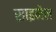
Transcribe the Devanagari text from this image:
साइनेल